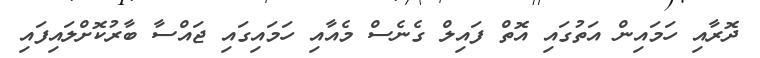
ދޮރާއި ހަމައިން އަތުގައި އޮތް ފައިލް ގެނެސް މެއާއި ހަމައިގައި ޖައްސާ ބާރުކޮށްލައިފައި